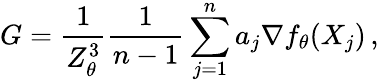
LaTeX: G=\frac{1}{Z_{\theta}^{3}}\frac 1{n-1}\sum_{j=1}^{n}a_{j}\nabla f_{\theta}(X_{j})\, ,